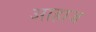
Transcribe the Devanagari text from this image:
आहाज